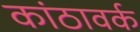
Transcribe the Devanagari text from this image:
कांठावर्क